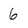
Character: 6